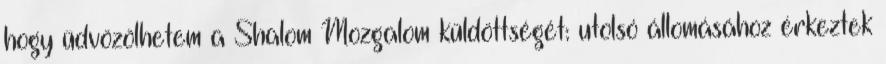
hogy üdvözölhetem a Shalom Mozgalom küldöttségét: utolsó állomásához érkeztek